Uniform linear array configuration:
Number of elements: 24
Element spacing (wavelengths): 0.75
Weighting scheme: exponential
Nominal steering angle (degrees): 15
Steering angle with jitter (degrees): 16.323
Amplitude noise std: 0.05
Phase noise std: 0.05

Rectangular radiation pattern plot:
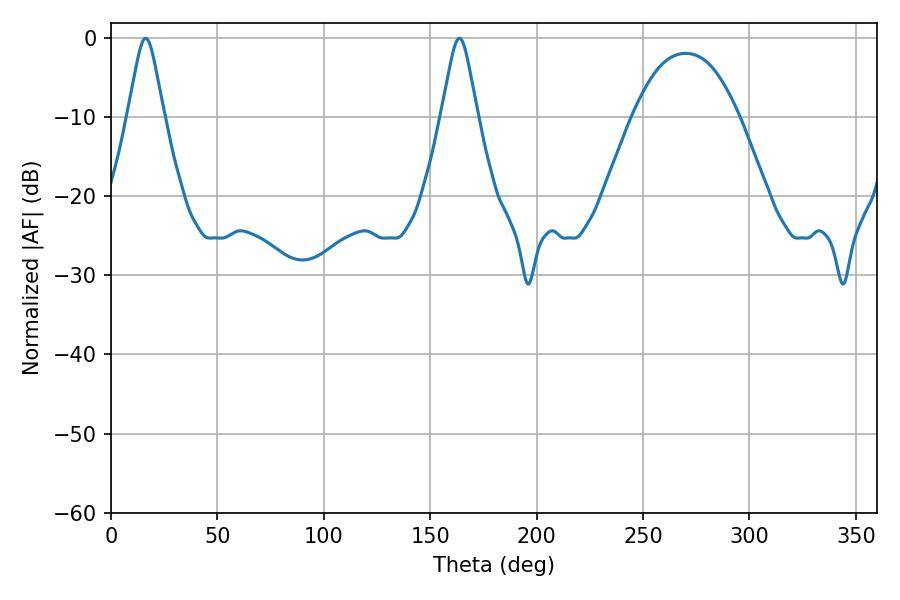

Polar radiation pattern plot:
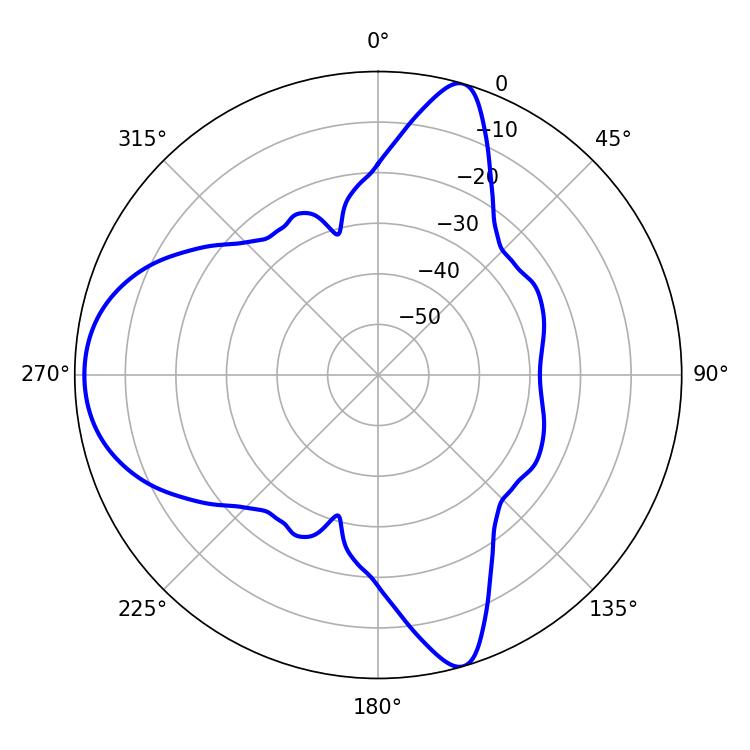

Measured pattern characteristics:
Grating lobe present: TRUE
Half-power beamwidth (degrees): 8.1
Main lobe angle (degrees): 16.2